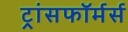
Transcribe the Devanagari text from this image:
ट्रांसफॉर्मर्स